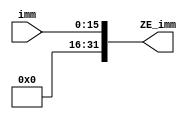
`timescale 1ns / 1ps
//////////////////////////////////////////////////////////////////////////////////
// Company: 
// Engineer: 
// 
// Design Name: 
// Module Name:    zero_extend 
// Project Name: 
// Target Devices: 
// Tool versions: 
// Description: 
//
// Dependencies: 
//
// Revision: 
// Revision 0.01 - File Created
// Additional Comments: 
//
//////////////////////////////////////////////////////////////////////////////////
module zero_extend(ZE_imm,imm);
input [15:0] imm;
output [31:0] ZE_imm;

assign ZE_imm = {{16'b0}, imm};

endmodule